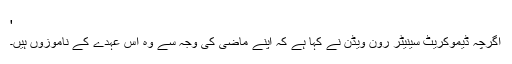
'
اگرچہ ڈیموکریٹ سینیٹر رون ویڈن نے کہا ہے کہ اپنے ماضی کی وجہ سے وہ اس عہدے کے ناموزوں ہیں۔